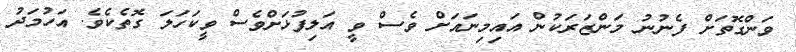
ވަންގޮތަށް ފެނުނު މަންޒަރަކުން އައިމިނައަށް ވެސް ވީ އަލިފުޅަށްވެސް ވީކަހަލަ ގޮތެކެވެ. އަހުމަދު